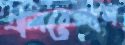
এলিয়েজাম